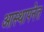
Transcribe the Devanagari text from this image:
आस्थापनेत